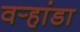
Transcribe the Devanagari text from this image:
वर्‍हांडा